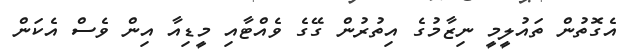
އެގޮތުން ތައުލީމީ ނިޒާމުގެ އިތުރުން ގޭގެ ވެއްޓާއި މީޑިއާ އިން ވެސް އެކަން